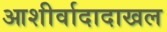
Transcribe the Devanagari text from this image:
आशीर्वादादाखल